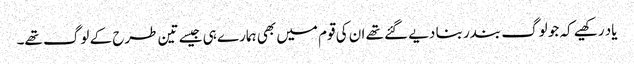
یاد رکھیے کہ جو لوگ بندر بنا دیے گئے تھے ان کی قوم میں بھی ہمارے ہی جیسے تین طرح کے لوگ تھے۔